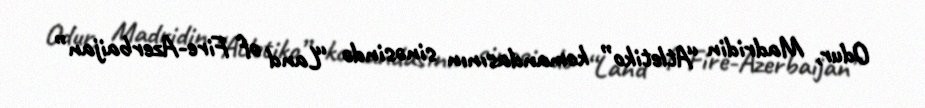
Odur, Madridin “Atletiko” komandasının sinəsində “Land of Fire-Azerbaijan”